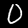
Digit: 0